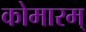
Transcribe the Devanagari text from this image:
कोमारम्